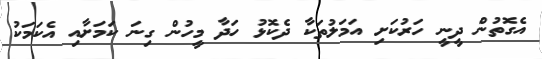
އެގޮތުން ދީީނީ ހަރުކަށި އަމަލުތަކާ ދެކޮޅު ހަދާ މީހުން ގިނަ ކަމަށާއި އެކަމަކު